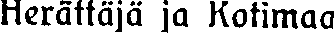
Herättäjä ja Kotimaa